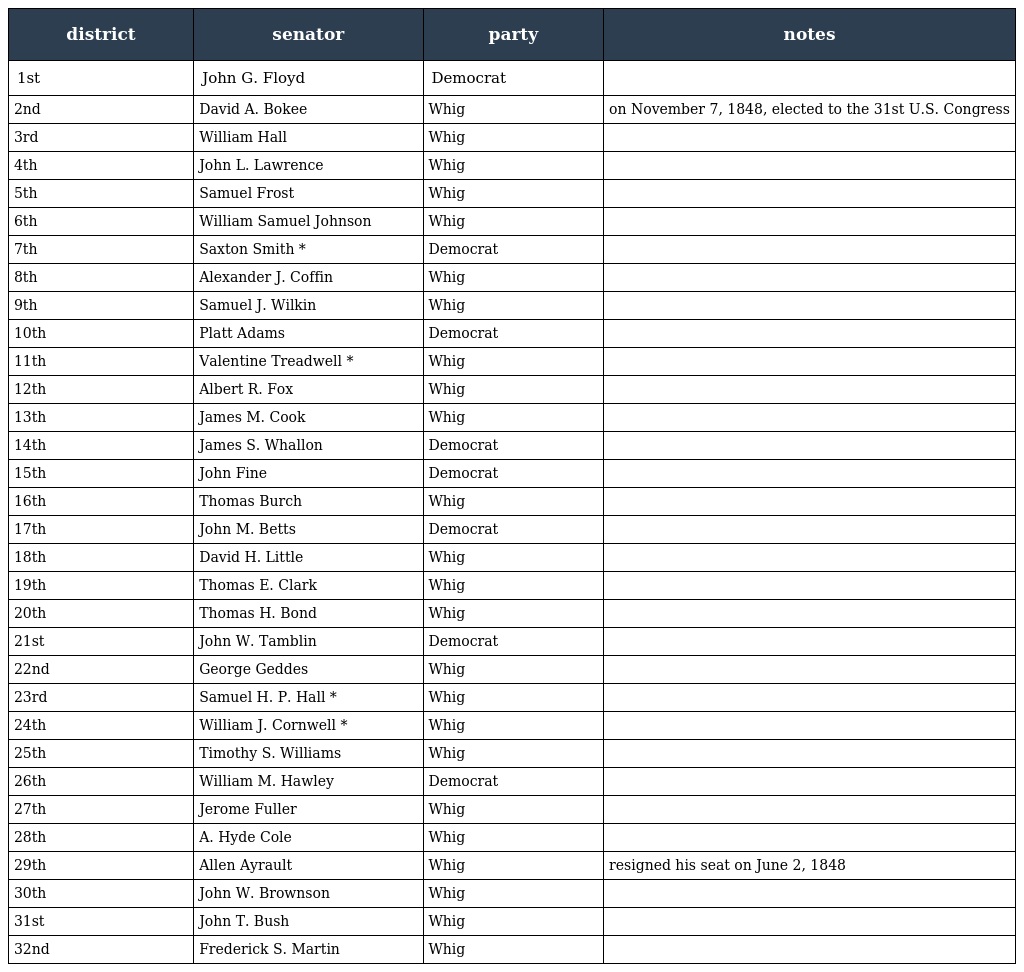
| district | senator | party | notes |
 | --- | --- | --- | --- |
 | 1st | John G. Floyd | Democrat |  |
 | 2nd | David A. Bokee | Whig | on November 7, 1848, elected to the 31st U.S. Congress |
 | 3rd | William Hall | Whig |  |
 | 4th | John L. Lawrence | Whig |  |
 | 5th | Samuel Frost | Whig |  |
 | 6th | William Samuel Johnson | Whig |  |
 | 7th | Saxton Smith * | Democrat |  |
 | 8th | Alexander J. Coffin | Whig |  |
 | 9th | Samuel J. Wilkin | Whig |  |
 | 10th | Platt Adams | Democrat |  |
 | 11th | Valentine Treadwell * | Whig |  |
 | 12th | Albert R. Fox | Whig |  |
 | 13th | James M. Cook | Whig |  |
 | 14th | James S. Whallon | Democrat |  |
 | 15th | John Fine | Democrat |  |
 | 16th | Thomas Burch | Whig |  |
 | 17th | John M. Betts | Democrat |  |
 | 18th | David H. Little | Whig |  |
 | 19th | Thomas E. Clark | Whig |  |
 | 20th | Thomas H. Bond | Whig |  |
 | 21st | John W. Tamblin | Democrat |  |
 | 22nd | George Geddes | Whig |  |
 | 23rd | Samuel H. P. Hall * | Whig |  |
 | 24th | William J. Cornwell * | Whig |  |
 | 25th | Timothy S. Williams | Whig |  |
 | 26th | William M. Hawley | Democrat |  |
 | 27th | Jerome Fuller | Whig |  |
 | 28th | A. Hyde Cole | Whig |  |
 | 29th | Allen Ayrault | Whig | resigned his seat on June 2, 1848 |
 | 30th | John W. Brownson | Whig |  |
 | 31st | John T. Bush | Whig |  |
 | 32nd | Frederick S. Martin | Whig |  |